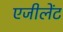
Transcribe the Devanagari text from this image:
एजीलेंट